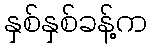
နှစ်နှစ်ခန့်က